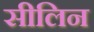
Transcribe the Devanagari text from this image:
सीलिन